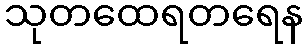
သုတထေရတရေန